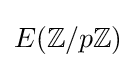
E(\mathbb {Z} /p\mathbb {Z} )